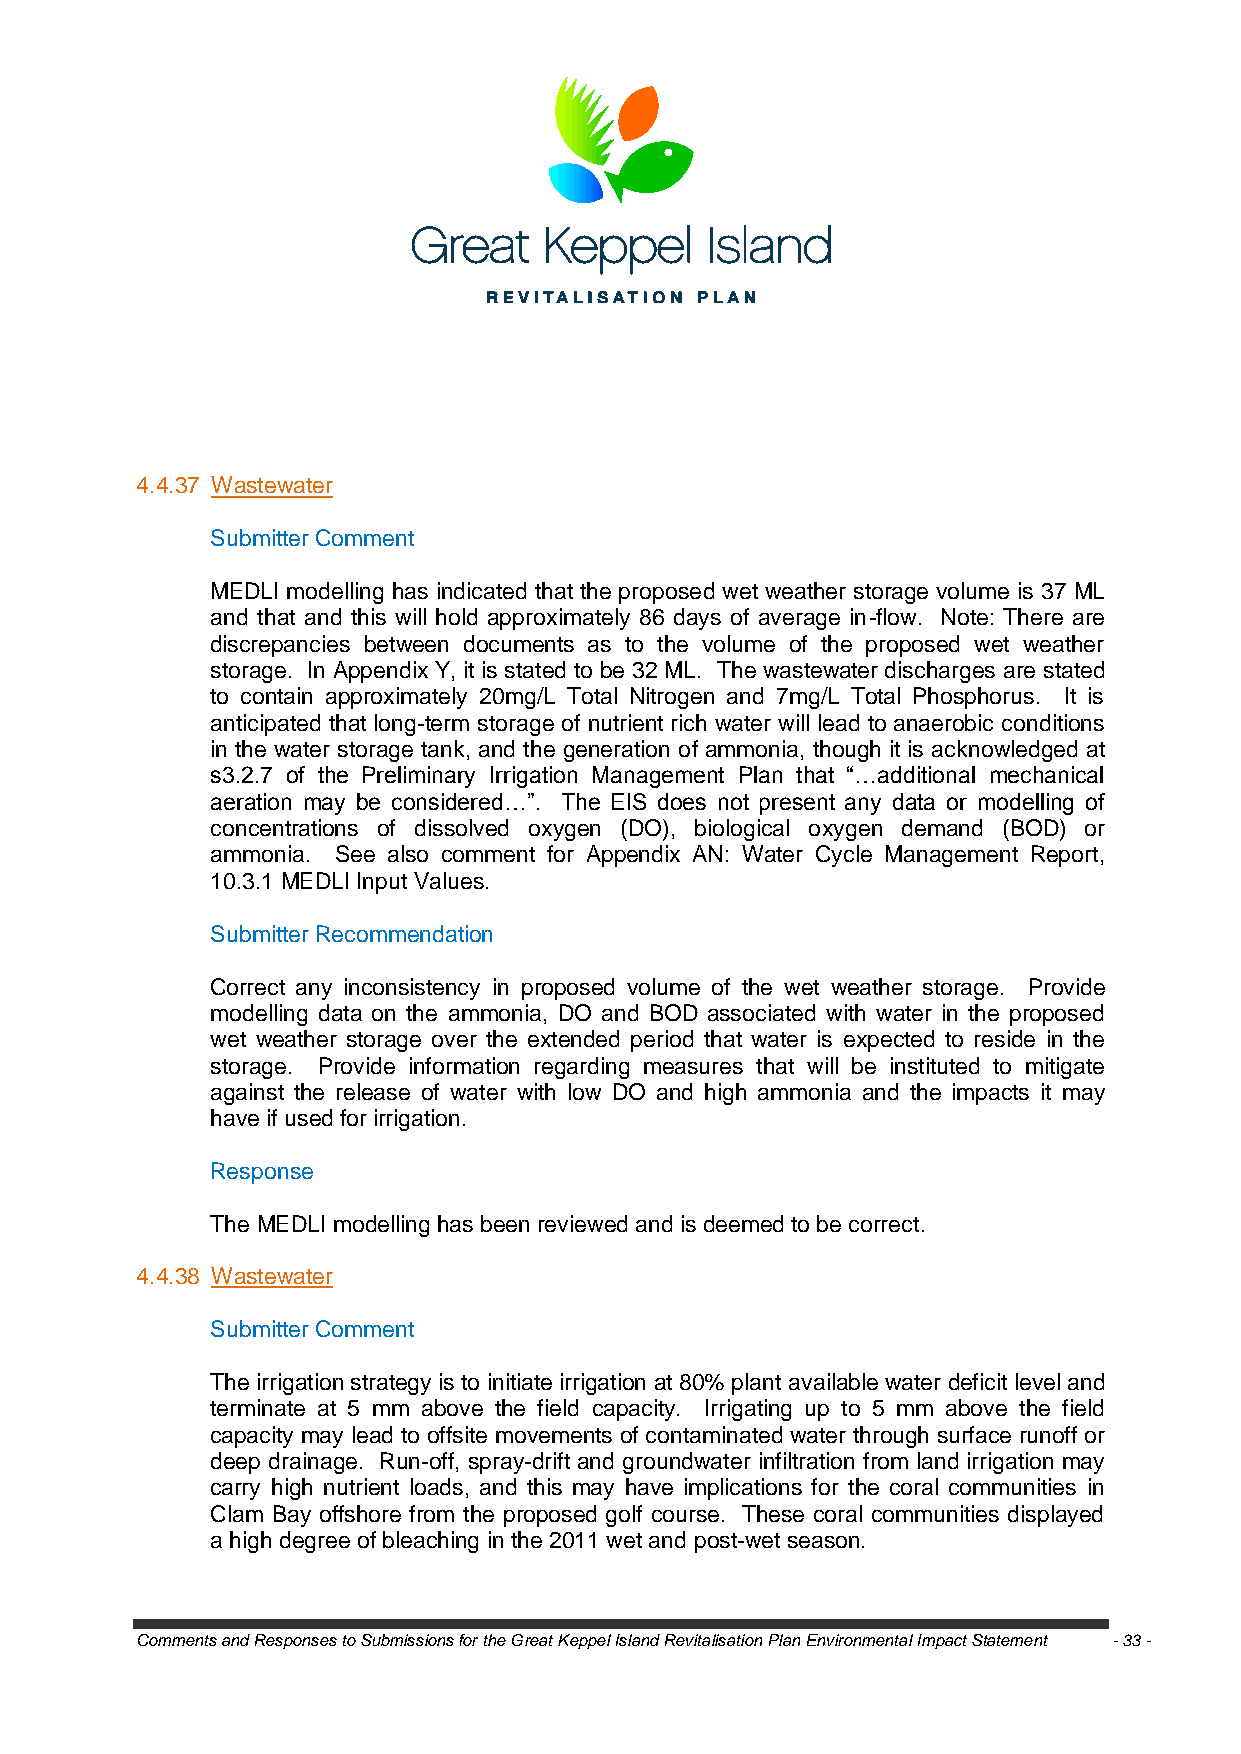
4.4.37 Wastewater
 Submitter Comment
 MEDLI modelling has indicated that the proposed wet weather storage volume is 37 ML
 and that and this will hold approximately 86 days of average in-flow. Note: There are
 discrepancies between documents as to the volume of the proposed wet weather
 storage. In Appendix Y, it is stated to be 32 ML. The wastewater discharges are stated
 to contain approximately 20mg/L Total Nitrogen and 7mg/L Total Phosphorus. It is
 anticipated that long-term storage of nutrient rich water will lead to anaerobic conditions
 in the water storage tank, and the generation of ammonia, though it is acknowledged at
 s3.2.7 of the Preliminary Irrigation Management Plan that ―…additional mechanical
 aeration may be considered…‖. The EIS does not present any data or modelling of
 concentrations of dissolved oxygen (DO), biological oxygen demand (BOD) or
 ammonia. See also comment for Appendix AN: Water Cycle Management Report,
 10.3.1 MEDLI Input Values.
 Submitter Recommendation
 Correct any inconsistency in proposed volume of the wet weather storage. Provide
 modelling data on the ammonia, DO and BOD associated with water in the proposed
 wet weather storage over the extended period that water is expected to reside in the
 storage. Provide information regarding measures that will be instituted to mitigate
 against the release of water with low DO and high ammonia and the impacts it may
 have if used for irrigation.
 Response
 The MEDLI modelling has been reviewed and is deemed to be correct.
 4.4.38 Wastewater
 Submitter Comment
 The irrigation strategy is to initiate irrigation at 80% plant available water deficit level and
 terminate at 5 mm above the field capacity. Irrigating up to 5 mm above the field
 capacity may lead to offsite movements of contaminated water through surface runoff or
 deep drainage. Run-off, spray-drift and groundwater infiltration from land irrigation may
 carry high nutrient loads, and this may have implications for the coral communities in
 Clam Bay offshore from the proposed golf course. These coral communities displayed
 a high degree of bleaching in the 2011 wet and post-wet season.
 Comments and Responses to Submissions for the Great Keppel Island Revitalisation Plan Environmental Impact Statement - 33 -